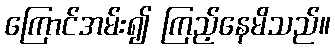
ကြောင်အမ်း၍ ကြည့်နေမိသည်။